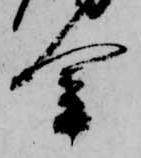
金